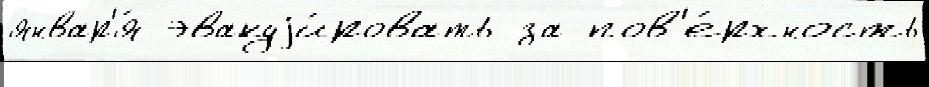
январ'я́ эвакуjи́ровать за пов'е́рхность